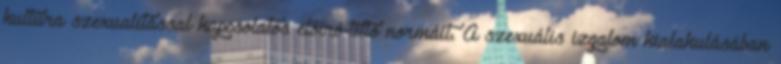
kultúra szexualitással kapcsolatos előíró-tiltó normáit. A szexuális izgalom kialakulásában